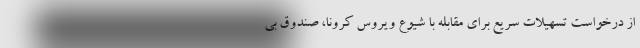
از درخواست تسهیلات سریع برای مقابله با شیوع ویروس کرونا، صندوق بی